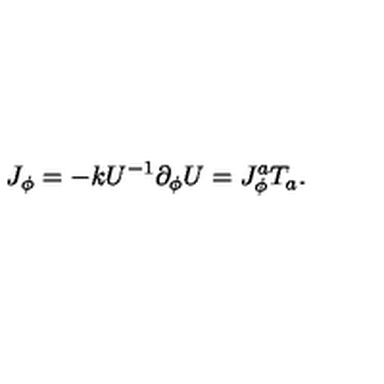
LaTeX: J _ { \phi } = - k U ^ { - 1 } \partial _ { \phi } U = J _ { \phi } ^ { a } T _ { a } .